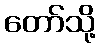
တော်သို့